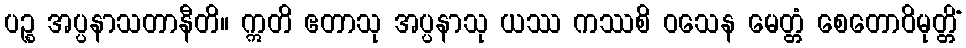
ပဉ္စ အပ္ပနာသတာနီတိ။ ဣတိ ဧတာသု အပ္ပနာသု ယဿ ကဿစိ ဝသေန မေတ္တံ စေတောဝိမုတ္တိံ